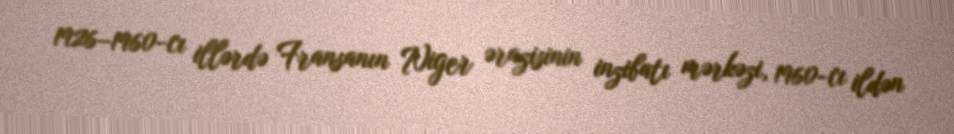
1926–1960-cı illərdə Fransanın Niger ərazisinin inzibatı mərkəzi, 1960-cı ildən